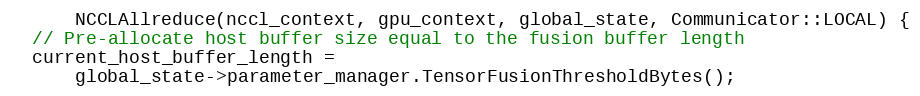
Language: C++
      NCCLAllreduce(nccl_context, gpu_context, global_state, Communicator::LOCAL) {
  // Pre-allocate host buffer size equal to the fusion buffer length
  current_host_buffer_length =
      global_state->parameter_manager.TensorFusionThresholdBytes();